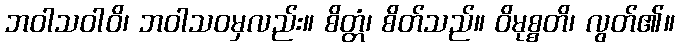
ဘဝါသဝါဝိ၊ ဘဝါသဝမှလည်း။ စိတ္တံ၊ စိတ်သည်။ ဝိမုစ္စတိ၊ လွတ်၏။